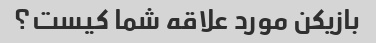
بازیکن مورد علاقه شما کیست؟